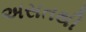
અસતથી